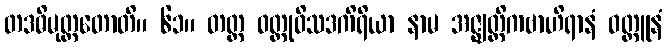
တဒဓိမုတ္တတောတိ။ ၆၁။ တတ္ထ ဝတ္ထုဝိသဒကိရိယာ နာမ အဇ္ဈတ္တိကဗာဟိရာနံ ဝတ္ထူနံ